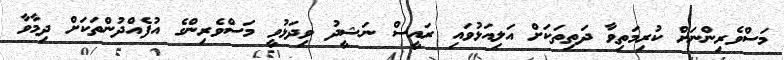
މަސްވެރިންނަށް ކުރިމަތިވާ ދަތިތަކަށް އަލިއަޅުވައި ރައީސް ނަޝީދު ވިދަޅުވީ މަސްވެރިންގެ އުފެއްދުންތަކަށް ދިމާވާ